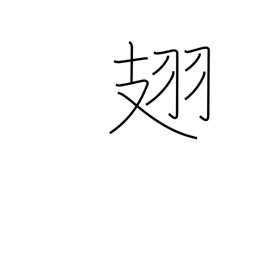
Meaning: (insect) wings